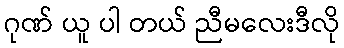
ဂုဏ် ယူ ပါ တယ် ညီမလေးဒီလို